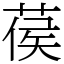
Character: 葔